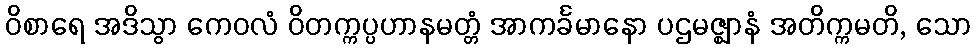
ဝိစာရေ အဒိသွာ ကေဝလံ ဝိတက္ကပ္ပဟာနမတ္တံ အာကင်္ခမာနော ပဌမဇ္ဈာနံ အတိက္ကမတိ, သော